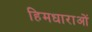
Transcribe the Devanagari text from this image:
हिमधाराओं